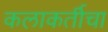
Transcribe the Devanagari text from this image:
कलाकर्तीचा